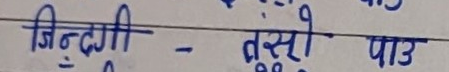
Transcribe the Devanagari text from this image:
जिन्दगी - दूसो पाऊ